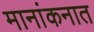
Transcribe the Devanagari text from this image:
मानांकनात